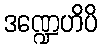
ဒဏ္ဍေဟိပိ